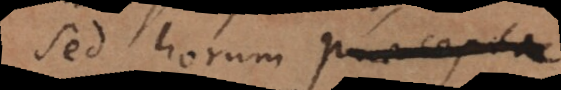
Sed horum praecepta